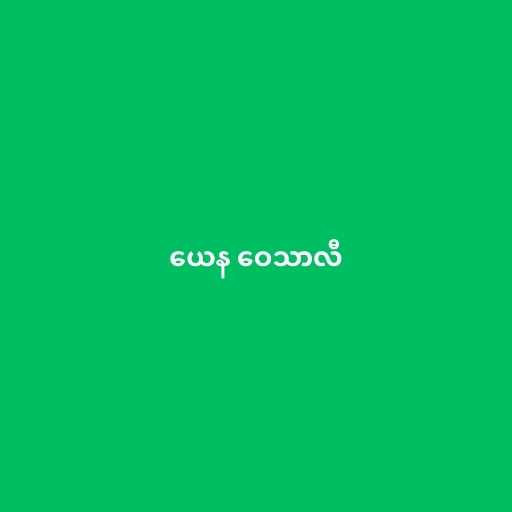
ယေန ဝေသာလီ